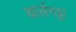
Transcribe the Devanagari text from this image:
यार्लगड्डा